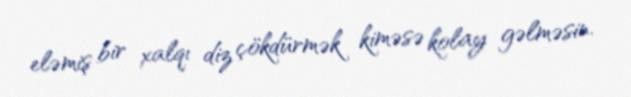
eləmiş bir xalqı diz çökdürmək kiməsə kolay gəlməsin.